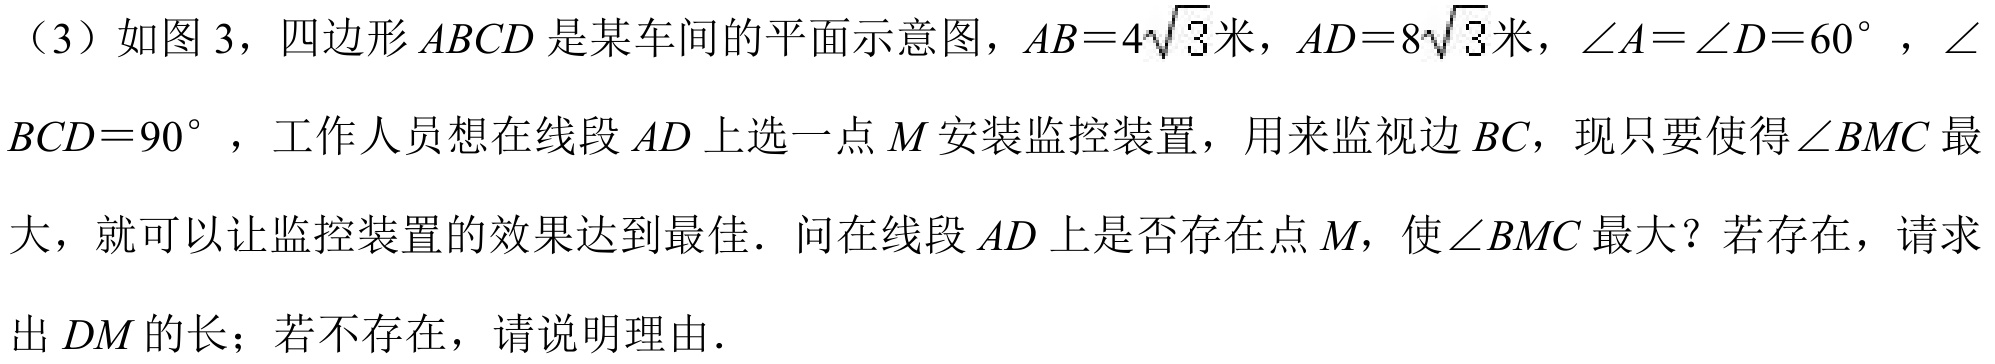
（3）如图 3，四边形$ABCD$是某车间的平面示意图，$AB = 4\sqrt{3}$米，$AD = 8\sqrt{3}$米，$\angle A=\angle D = 60^{\circ}$，$\angle BCD = 90^{\circ}$，工作人员想在线段$AD$上选一点$M$安装监控装置，用来监视边$BC$，现只要使得$\angle BMC$最大，就可以让监控装置的效果达到最佳．问在线段$AD$上是否存在点$M$，使$\angle BMC$最大？若存在，请求出$DM$的长；若不存在，请说明理由．